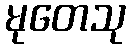
မုတေသု